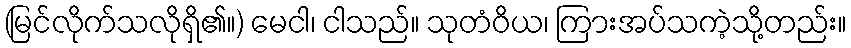
(မြင်လိုက်သလိုရှိ၏။) မေငါ၊ ငါသည်။ သုတံဝိယ၊ ကြားအပ်သကဲ့သို့တည်း။